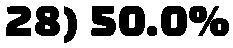
28) 50.0%